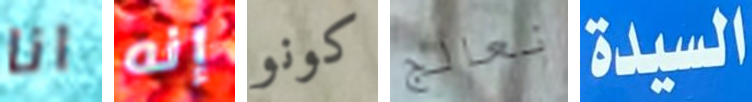
انا إنه كونو نعالج السيدة